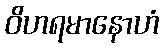
ဝိဟရမာနောဟံ